Leaving Certificate Examination (including Day School Certificate (Higher) General paper), 1929
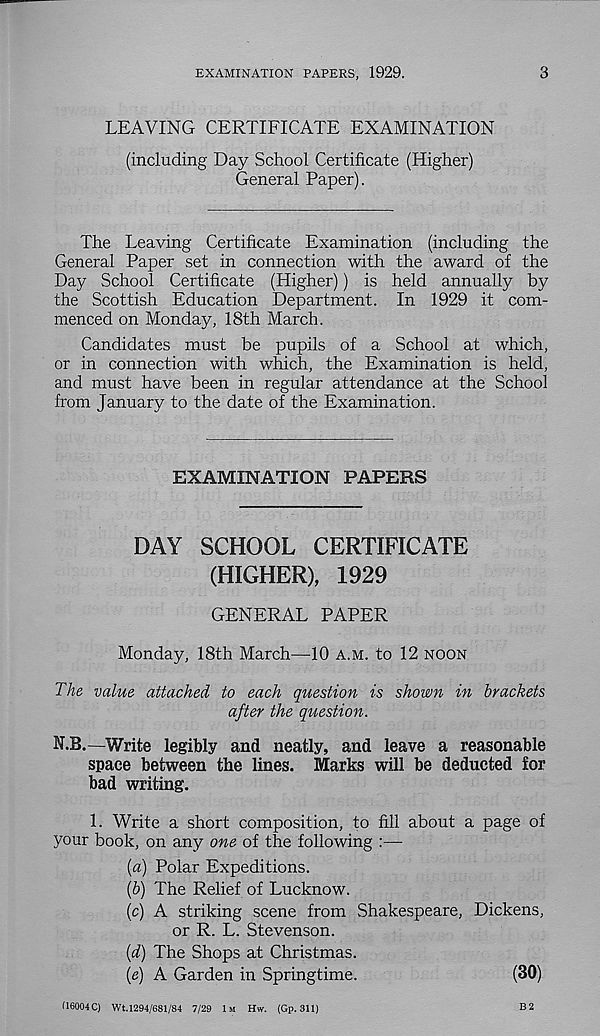
EXAMINATION PAPERS, 1929.
3
LEAVING CERTIFICATE EXAMINATION
(including Day School Certificate (Higher)
General Paper).
The Leaving Certificate Examination (including the
General Paper set in connection with the award of the
Day School Certificate (Higher)) is held annually by
the Scottish Education Department. In 1929 it com-
menced on Monday, 18th March.
Candidates must be pupils of a School at which,
or in connection with which, the Examination is held,
and must have been in regular attendance at the School
from January to the date of the Examination.
EXAMINATION PAPERS
DAY SCHOOL CERTIFICATE
(HIGHER), 1929
GENERAL PAPER
Monday, 18th March—10 A.M. to 12 NOON
The value attached to each question is shown in brackets
after the question.
30.—Write legibly and neatly, and leave a reasonable
space between the lines. Marks will be deducted for
bad writing.
1. Write a short composition, to fill about a page of
your book, on any one of the following :—
{a) Polar Expeditions.
(b) The Relief of Lucknow.
(c) A striking scene from Shakespeare, Dickens,
or R. L. Stevenson.
(d) The Shops at Christmas.
(e) A Garden in Springtime.
(30)
(16004 C) Wt.1294/681/84 7/29 1M HW. (Gp. 311)
B 2